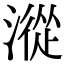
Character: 漎